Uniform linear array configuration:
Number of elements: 48
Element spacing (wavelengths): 1
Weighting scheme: hann
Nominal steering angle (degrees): -30
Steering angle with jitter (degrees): -28.99
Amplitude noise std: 0.05
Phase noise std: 0.05

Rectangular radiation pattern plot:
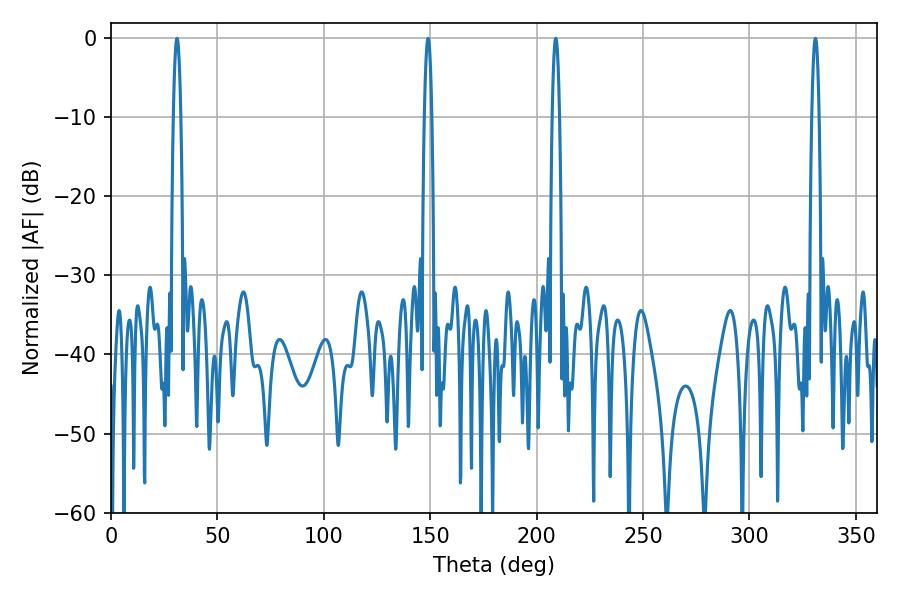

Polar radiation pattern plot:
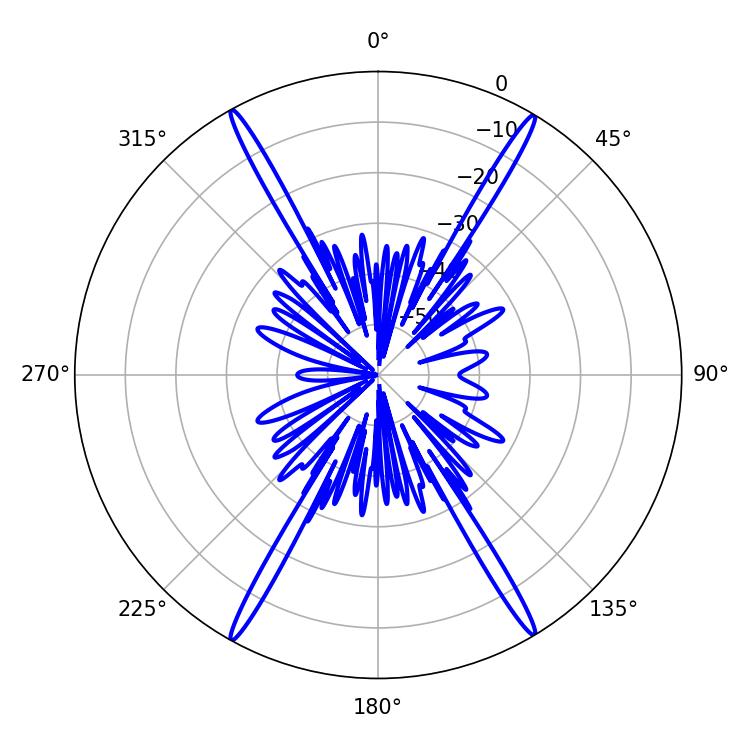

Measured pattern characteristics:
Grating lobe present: TRUE
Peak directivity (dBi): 28.215
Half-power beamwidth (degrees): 1.8
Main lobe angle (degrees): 208.98